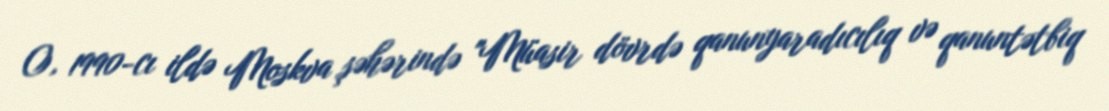
O, 1990-cı ildə Moskva şəhərində "Müasir dövrdə qanunyaradıcılıq və qanuntətbiq